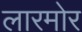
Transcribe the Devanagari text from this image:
लारमोर